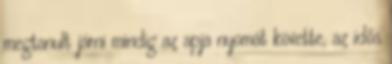
megtanult járni mindig az apja nyomát követte, az idős